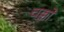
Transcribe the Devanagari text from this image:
चक्को